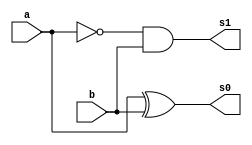
// Guia 05
// Nome: Raphaela Fernanda Silva


module operadorMD ( s0, s1, a, b);
output s0, s1;
input a, b;
wire s2;

xor XOR1(s0,a,b);
not NOT1(s2,a);
and AND1(s1,s2,b);

endmodule

module operadorDC ( s0, s1, a, b, v1 );
output s0, s1;
input a, b, v1;
wire s2, s3, s4;

operadorMD MD1(s2,s3,a,b);
operadorMD MD2(s4,s0,s2,v1);
or OR1(s1,s3,s4);

endmodule

module DC3Bits ( s, a, b);
output[3:0]s;
input[2:0]a,b;
wire[1:0]c;

operadorMD MD1(s[0],c[0],a[0],b[0]);
operadorDC DC1(s[1],c[1],a[1],b[1],c[0]);
operadorDC DC2(s[2],s[3],a[2],b[2],c[1]);

endmodule


module testDC;
reg[2:0]a,b;
wire[3:0]s;
integer i,j;

DC3Bits DC3B(s,a,b);

initial begin : start

a=0; b=0;

end

initial begin : main

#1 $display ( " Operador Diferena Completa - 3 Bits " );
#1 $display ( "   a  -  b   =  s   " );
	$monitor ( " %3b  %3b  = %4b ",a,b,s);
	
	for ( i = 0; i < 16; i = i + 1)begin
	 a = i;
	for ( j = 0; j < 16; j = j + 1)begin
	#1 b = j;
	end
	end
				
end

endmodule

/* Operador Diferena Completa - 3 Bits 
       a  -  b   =  s   
     000  000  = 0000 
     000  001  = 1111 
     000  010  = 1100 
     000  011  = 1101 
     000  100  = 1000 
     000  101  = 1011 
     000  110  = 1000 
     000  111  = 1001 
     000  000  = 0000 
     000  001  = 1111 
     000  010  = 1100 
     000  011  = 1101 
     000  100  = 1000 
     000  101  = 1011 
     000  110  = 1000 
     001  111  = 1000 
     001  000  = 0001 
     001  001  = 0000 
     001  010  = 1101 
     001  011  = 1100 
     001  100  = 1001 
     001  101  = 1000 
     001  110  = 1001 
     001  111  = 1000 
     001  000  = 0001 
     001  001  = 0000 
     001  010  = 1101 
     001  011  = 1100 
     001  100  = 1001 
     001  101  = 1000 
     001  110  = 1001 
     010  111  = 1011 
     010  000  = 1100 
     010  001  = 0001 
     010  010  = 0000 
     010  011  = 1111 
     010  100  = 1000 
     010  101  = 1001 
     010  110  = 1000 
     010  111  = 1011 
     010  000  = 1100 
     010  001  = 0001 
     010  010  = 0000 
     010  011  = 1111 
     010  100  = 1000 
     010  101  = 1001 
     010  110  = 1000 
     011  111  = 1000 
     011  000  = 1101 
     011  001  = 1100 
     011  010  = 0001 
     011  011  = 0000 
     011  100  = 1001 
     011  101  = 1000 
     011  110  = 1001 
     011  111  = 1000 
     011  000  = 1101 
     011  001  = 1100 
     011  010  = 0001 
     011  011  = 0000 
     011  100  = 1001 
     011  101  = 1000 
     011  110  = 1001 
     100  111  = 1101 
     100  000  = 1000 
     100  001  = 0011 
     100  010  = 0000 
     100  011  = 0001 
     100  100  = 0000 
     100  101  = 1111 
     100  110  = 1100 
     100  111  = 1101 
     100  000  = 1000 
     100  001  = 0011 
     100  010  = 0000 
     100  011  = 0001 
     100  100  = 0000 
     100  101  = 1111 
     100  110  = 1100 
     101  111  = 1100 
     101  000  = 1001 
     101  001  = 1000 
     101  010  = 0001 
     101  011  = 0000 
     101  100  = 0001 
     101  101  = 0000 
     101  110  = 1101 
     101  111  = 1100 
     101  000  = 1001 
     101  001  = 1000 
     101  010  = 0001 
     101  011  = 0000 
     101  100  = 0001 
     101  101  = 0000 
     101  110  = 1101 
     110  111  = 1111 
     110  000  = 0000 
     110  001  = 1001 
     110  010  = 1000 
     110  011  = 0011 
     110  100  = 1100 
     110  101  = 0001 
     110  110  = 0000 
     110  111  = 1111 
     110  000  = 0000 
     110  001  = 1001 
     110  010  = 1000 
     110  011  = 0011 
     110  100  = 1100 
     110  101  = 0001 
     110  110  = 0000 
     111  111  = 0000 
     111  000  = 0001 
     111  001  = 0000 
     111  010  = 1001 
     111  011  = 1000 
     111  100  = 1101 
     111  101  = 1100 
     111  110  = 0001 
     111  111  = 0000 
     111  000  = 0001 
     111  001  = 0000 
     111  010  = 1001 
     111  011  = 1000 
     111  100  = 1101 
     111  101  = 1100 
     111  110  = 0001 
     000  111  = 1001 
     000  000  = 0000 
     000  001  = 1111 
     000  010  = 1100 
     000  011  = 1101 
     000  100  = 1000 
     000  101  = 1011 
     000  110  = 1000 
     000  111  = 1001 
     000  000  = 0000 
     000  001  = 1111 
     000  010  = 1100 
     000  011  = 1101 
     000  100  = 1000 
     000  101  = 1011 
     000  110  = 1000 
     001  111  = 1000 
     001  000  = 0001 
     001  001  = 0000 
     001  010  = 1101 
     001  011  = 1100 
     001  100  = 1001 
     001  101  = 1000 
     001  110  = 1001 
     001  111  = 1000 
     001  000  = 0001 
     001  001  = 0000 
     001  010  = 1101 
     001  011  = 1100 
     001  100  = 1001 
     001  101  = 1000 
     001  110  = 1001 
     010  111  = 1011 
     010  000  = 1100 
     010  001  = 0001 
     010  010  = 0000 
     010  011  = 1111 
     010  100  = 1000 
     010  101  = 1001 
     010  110  = 1000 
     010  111  = 1011 
     010  000  = 1100 
     010  001  = 0001 
     010  010  = 0000 
     010  011  = 1111 
     010  100  = 1000 
     010  101  = 1001 
     010  110  = 1000 
     011  111  = 1000 
     011  000  = 1101 
     011  001  = 1100 
     011  010  = 0001 
     011  011  = 0000 
     011  100  = 1001 
     011  101  = 1000 
     011  110  = 1001 
     011  111  = 1000 
     011  000  = 1101 
     011  001  = 1100 
     011  010  = 0001 
     011  011  = 0000 
     011  100  = 1001 
     011  101  = 1000 
     011  110  = 1001 
     100  111  = 1101 
     100  000  = 1000 
     100  001  = 0011 
     100  010  = 0000 
     100  011  = 0001 
     100  100  = 0000 
     100  101  = 1111 
     100  110  = 1100 
     100  111  = 1101 
     100  000  = 1000 
     100  001  = 0011 
     100  010  = 0000 
     100  011  = 0001 
     100  100  = 0000 
     100  101  = 1111 
     100  110  = 1100 
     101  111  = 1100 
     101  000  = 1001 
     101  001  = 1000 
     101  010  = 0001 
     101  011  = 0000 
     101  100  = 0001 
     101  101  = 0000 
     101  110  = 1101 
     101  111  = 1100 
     101  000  = 1001 
     101  001  = 1000 
     101  010  = 0001 
     101  011  = 0000 
     101  100  = 0001 
     101  101  = 0000 
     101  110  = 1101 
     110  111  = 1111 
     110  000  = 0000 
     110  001  = 1001 
     110  010  = 1000 
     110  011  = 0011 
     110  100  = 1100 
     110  101  = 0001 
     110  110  = 0000 
     110  111  = 1111 
     110  000  = 0000 
     110  001  = 1001 
     110  010  = 1000 
     110  011  = 0011 
     110  100  = 1100 
     110  101  = 0001 
     110  110  = 0000 
     111  111  = 0000 
     111  000  = 0001 
     111  001  = 0000 
     111  010  = 1001 
     111  011  = 1000 
     111  100  = 1101 
     111  101  = 1100 
     111  110  = 0001 
     111  111  = 0000 
     111  000  = 0001 
     111  001  = 0000 
     111  010  = 1001 
     111  011  = 1000 
     111  100  = 1101 
     111  101  = 1100 
     111  110  = 0001 
     111  111  = 0000
*/